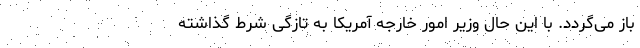
باز می‌گردد. با این حال وزیر امور خارجه آمریکا به تازگی شرط گذاشته